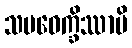
သမဝေက္ခိဿာမိ